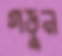
গড়ুন